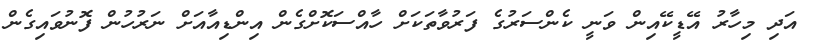
އަދި މިހާރު އޭޑީކޭއިން ވަނީ ކެންސަރުގެ ފަރުވާތަކަށް ހާއްސަކޮށްގެން އިންޑިއާއަށް ނަރުހުން ފޮނުވައިގެން